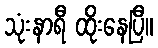
သုံးနာရီ ထိုးနေပြီ။